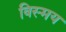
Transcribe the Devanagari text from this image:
विस्‍मय